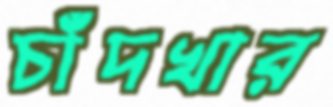
চাঁদখার